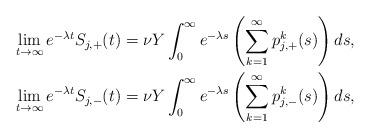
LaTeX: \begin{align*}& \lim_{t\to\infty} e^{-\lambda t} S_{j,+}(t) = \nu Y \int_0^\infty e^{-\lambda s} \left(\sum_{k=1}^\infty p_{j,+}^k(s)\right) ds, \\& \lim_{t\to\infty} e^{-\lambda t} S_{j,-}(t) = \nu Y \int_0^\infty e^{-\lambda s} \left(\sum_{k=1}^\infty p_{j,-}^k(s)\right) ds,\end{align*}